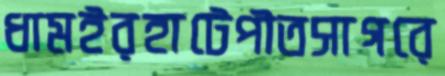
ধামইরহাটেপীতসাগরে